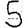
Digit: 5